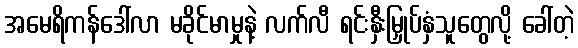
အမေရိကန်ဒေါ်လာ မခိုင်မာမှုနဲ့ လက်လီ ရင်းနှီးမြှုပ်နှံသူတွေလို့ ခေါ်တဲ့